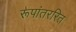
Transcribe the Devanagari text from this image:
रूपांतररित